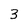
Character: 3